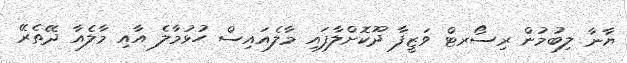
ޔާނާ ލިބުމުން ރިސޯރޓް ވަޒީފާ ދޫކޮށްލާފައި މާލެއައިސް ހުޅުމާލެ އާއި މާލެއާ ދޭތެރޭ